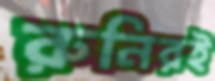
রুনিরই